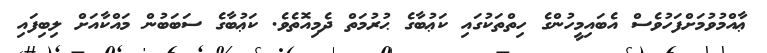
ޢާއްމުވުމަށްފަހުވެސް އެބައިމީހުންގެ ހިތްތަކުގައި ކަޢުބާގެ ޙުރުމަތް ދެމިއޮތެވެ. ކަޢުބާގެ ސަބަބުން މައްކާއަށް ލިބިފައި